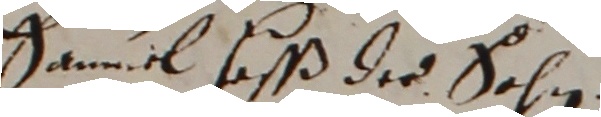
Samuel huß de Sohn.